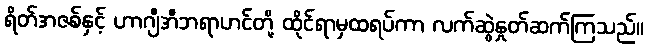
ရိတ်အဇစ်နှင့် ဟာဂျီအီဘရာဟင်တို့ ထိုင်ရာမှထရပ်ကာ လက်ဆွဲနှုတ်ဆက်ကြသည်။